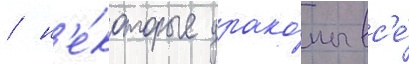
/ н'е́которые драко́ны вс'е́